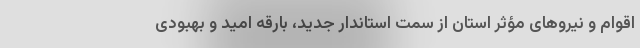
اقوام و نیروهای مؤثر استان از سمت استاندار جدید، بارقه امید و بهبودی